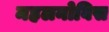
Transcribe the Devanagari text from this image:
महलनोबिस